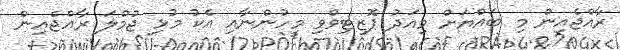
ރާއްޖެއިން މި ބައްޔަށް މިއަދު ޕޮޒިޓިވްވި މީހުންނާއި އެކު މުޅި ޖުމްލަ ރާއްޖެއިން